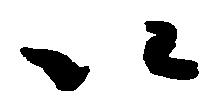
以